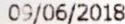
09/06/2018